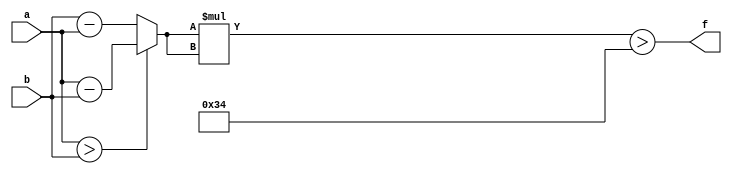
module maxse_mit(a, b, f);
parameter _bit = 8;
parameter maxse = 52;
input [_bit - 1: 0] a;
input [_bit - 1: 0] b;
output f;
wire [_bit - 1: 0] diff;
wire [_bit * 2 - 1: 0] se;
assign diff = (a > b)? (a - b): (b - a);
assign se = diff * diff;
assign f = (se > maxse);
endmodule